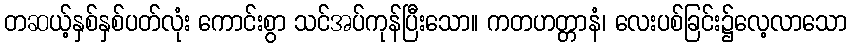
တဆယ့်နှစ်နှစ်ပတ်လုံး ကောင်းစွာ သင်အပ်ကုန်ပြီးသော။ ကတဟတ္တာနံ၊ လေးပစ်ခြင်း၌လေ့လာသော